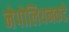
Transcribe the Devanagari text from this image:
नेपोलियनकडे